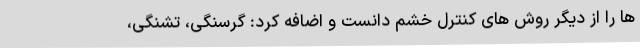
ها را از دیگر روش های کنترل خشم دانست و اضافه کرد: گرسنگی، تشنگی،